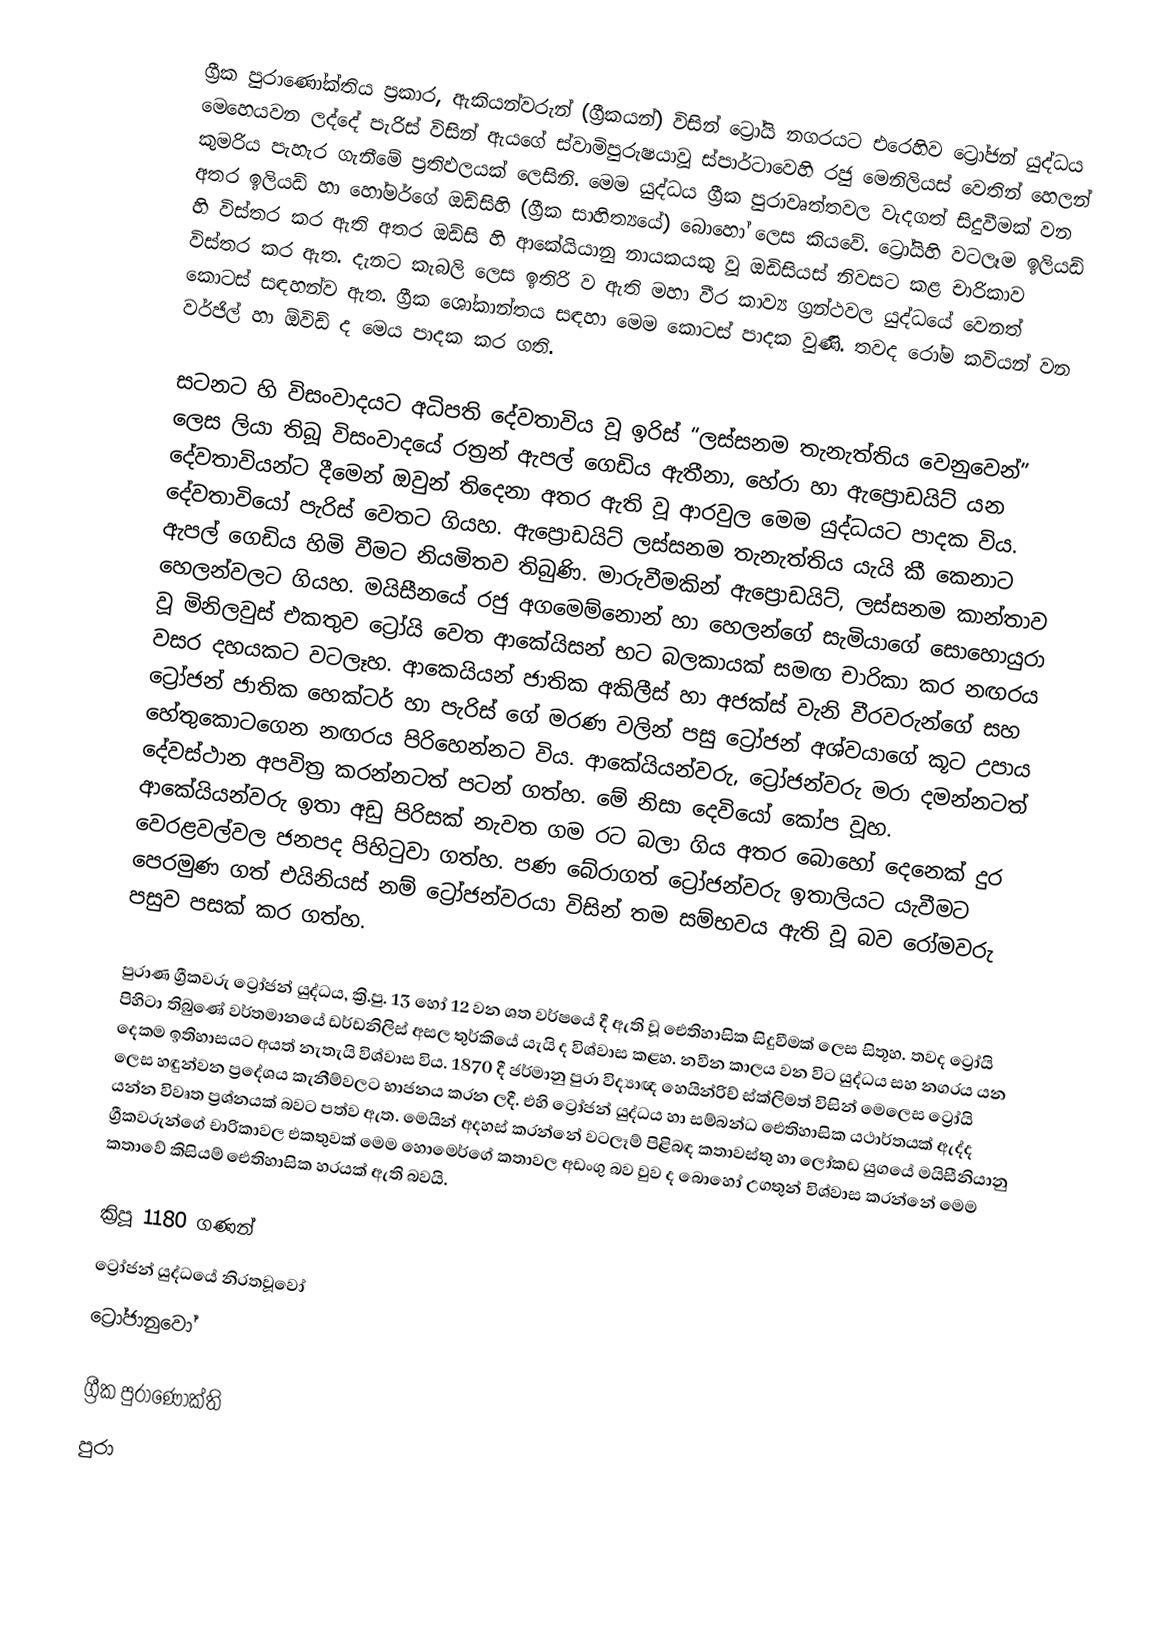
ග්‍රීක පුරාණෝක්තිය  ප්‍රකාර, ඇකියන්වරුන් (ග්‍රීකයන්) විසින් ට්‍රෝයි නගරයට එරෙහිව  ට්‍රෝජන් යුද්ධය මෙහෙයවන ලද්දේ  පැරිස්  විසින් ඇයගේ ස්වාමිපුරුෂයාවූ  ස්පාර්ටාවෙහි රජු මෙනිලියස් වෙතින්  හෙලන් කුමරිය පැහැර ගැනීමේ ප්‍රතිඵලයක් ලෙසිනි. මෙම යුද්ධය ග්‍රීක පුරාවෘත්තවල වැදගත් සිදුවීමක් වන අතර ඉලියඩ් හා හෝමර්ගේ ඔඩ්සිහි (ග්‍රීක සාහිත්‍යයේ) බොහෝ ලෙස කියවේ. ට්‍රෝයිහි වටලෑම ඉලියඩ් හි විස්තර කර ඇති අතර ඔඩ්සි හි ආකේයියානු නායකයකු වූ ඔඩිසියස් නිවසට කළ චාරිකාව විස්තර කර ඇත. දැනට කැබලි ලෙස ඉතිරි ව ඇති මහා වීර කාව්‍ය ග්‍රන්ථවල යුද්ධයේ වෙනත් කොටස් සඳහන්ව ඇත. ග්‍රීක ශෝකාන්තය සඳහා මෙම කොටස් පාදක වුණි. තවද රෝම කවියන් වන වර්ජිල් හා ඕවිඩ් ද මෙය පාදක කර ගති.

සටනට හි විසංවාදයට අධිපති දේවතාවිය වූ ඉරිස් “ලස්සනම තැනැත්තිය වෙනුවෙන්” ලෙස ලියා තිබූ විසංවාදයේ රත්‍රන් ඇපල් ගෙඩිය ඇතීනා, හේරා හා ඇප්‍රො‍ඩයිට් යන දේවතාවියන්ට දීමෙන් ඔවුන් තිදෙනා අතර ඇති වූ ආරවුල මෙම යුද්ධයට පාදක විය. දේවතාවියෝ පැරිස් වෙතට ගියහ. ඇප්‍රොඩයිට් ලස්සනම තැනැත්තිය යැයි කී කෙනාට ඇපල් ගෙඩිය හිමි වීමට නියමිතව තිබුණි. මාරුවීමකින් ඇප්‍රොඩයිට්, ලස්සනම කාන්තාව හෙලන්වලට ගියහ. මයිසීනයේ රජු අගමෙම්නොන් හා හෙලන්ගේ සැමියාගේ සොහොයුරා වූ මිනිලවුස් එකතුව ට්‍රෝයි වෙත ආකේයිසන් භට බලකායක් සමඟ චාරිකා කර නඟරය වසර දහයකට වටලෑහ. ආකෙයියන් ජාතික අකිලීස් හා අජක්ස් වැනි වීරවරුන්ගේ සහ ට්‍රෝජන් ජාතික හෙක්ටර් හා පැරිස් ගේ මරණ වලින් පසු ට්‍රෝජන් අශ්වයාගේ කූට උපාය හේතුකොටගෙන නඟරය පිරිහෙන්නට විය. ආකේයියන්වරු, ට්‍රෝජන්වරු මරා දමන්නටත් දේවස්ථාන අපවිත්‍ර කරන්නටත් පටන් ගත්හ. මේ නිසා දෙවියෝ කෝප වූහ. ආකේයියන්වරු ඉතා අඩු පිරිසක් නැවත ගම රට බලා ගිය අතර බොහෝ දෙනෙක් දුර වෙරළවල්වල ජනපද පිහිටුවා ගත්හ. පණ බේරාගත් ට්‍රෝජන්වරු ඉතාලියට යැවීමට පෙරමුණ ගත් එයිනියස් නම් ට්‍රෝජන්වරයා විසින් තම සම්භවය ඇති වූ බව රෝමවරු පසුව පසක් කර ගත්හ.

පුරාණ ග්‍රීකවරු ට්‍රෝජන් යුද්ධය, ක්‍රි.පු. 13 හෝ 12 වන ශත වර්ෂයේ දී ඇති වූ ඓතිහාසික සිදුවීමක් ලෙස සිතූහ. තවද ට්‍රෝයි පිහිටා තිබුණේ වර්තමානයේ ඩර්ඩනිලිස් අසල තුර්කියේ යැයි ද විශ්වාස කළහ. නවීන කාලය වන විට යුද්ධය සහ නගරය යන දෙකම ඉතිහාසයට අයත් නැතැයි විශ්වාස විය. 1870 දී ජර්මානු පුරා විද්‍යාඥ හෙයින්රිච් ස්ක්ලිමත් විසින් මෙලෙස ට්‍රෝයි ලෙස හඳුන්වන ප්‍රදේශය කැනීම්වලට භාජනය කරන ලදී. එහි ට්‍රෝජන් යුද්ධය හා සම්බන්ධ ඓතිහාසික යථාර්තයක් ඇද්ද යන්න විවෘත ප්‍රශ්නයක් බවට පත්ව ඇත. මෙයින් අදහස් කරන්නේ වටලෑම් පිළිබඳ කතාවස්තු හා ලෝකඩ යුග‍යේ මයිසීනියානු ග්‍රීකවරුන්ගේ චාරිකාවල එකතුවක් මෙම හොමෙර්ගේ කතාවල අඩංගු බව වුව ද බොහෝ උගතුන් විශ්වාස කරන්නේ මෙම කතාවේ කිසියම් ඓතිහාසික හරයක් ඇති බවයි.

ක්‍රිපූ 1180 ගණන්
ට්‍රෝජන් යුද්ධයේ නිරතවූවෝ
ට්‍රෝජානුවෝ

ග්‍රීක පුරාණෝක්ති
පුරා